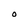
Character: O